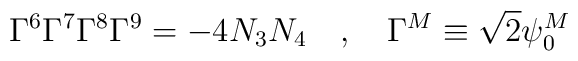
\Gamma^6 \Gamma^7 \Gamma^8 \Gamma^9 = - 4 N_3 N_4~~~,~~~\Gamma^{M} \equiv\sqrt{2} \psi_{0}^{M}